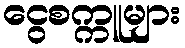
ငွေစက္ကူများ